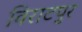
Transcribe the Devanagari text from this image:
विराटपुर